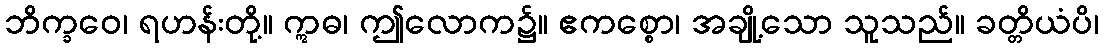
ဘိက္ခဝေ၊ ရဟန်းတို့။ ဣဓ၊ ဤလောက၌။ ဧကစ္စော၊ အချို့သော သူသည်။ ခတ္တိယံပိ၊